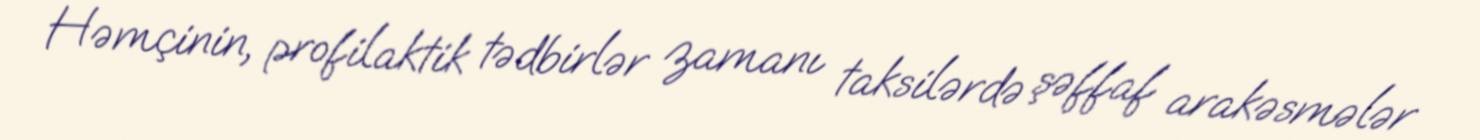
Həmçinin, profilaktik tədbirlər zamanı taksilərdə şəffaf arakəsmələr